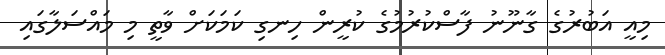
މިއީ އަބުރުގެ ގާނޫނު ފާސްކުރުމުގެ ކުރީން ހިނގި ކަމަކަށް ވާތީ މި މައްސަލާގައި